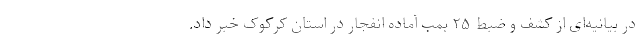
در بیانیه‌ای از کشف و ضبط ۲۵ بمب آماده انفجار در استان کرکوک خبر داد.